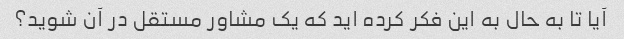
آیا تا به حال به این فکر کرده اید که یک مشاور مستقل در آن شوید؟